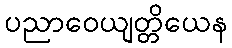
ပညာဝေယျတ္တိယေန